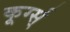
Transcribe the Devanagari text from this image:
कूर्ग्स्